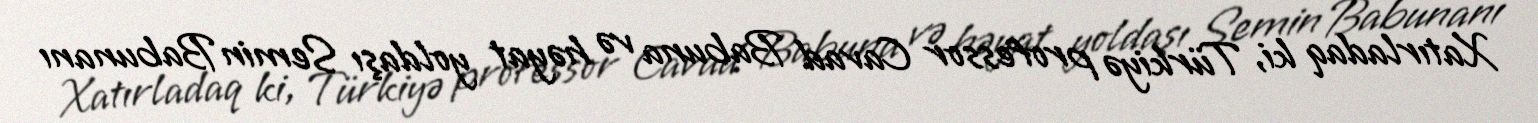
Xatırladaq ki, Türkiyə professor Cavad Babuna və həyat yoldaşı Semin Babunanı